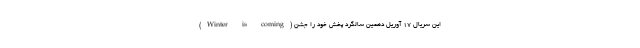
(Winter is coming) این سریال ۱۷ آوریل دهمین سالگرد پخش خود را جشن